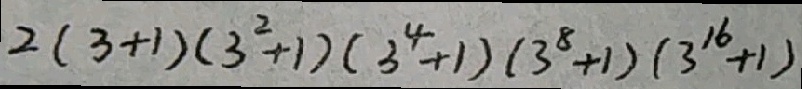
2 ( 3 + 1 ) ( 3 ^ { 2 } + 1 ) ( 3 ^ { 4 } + 1 ) ( 3 ^ { 8 } + 1 ) ( 3 ^ { 1 6 } + 1 )